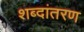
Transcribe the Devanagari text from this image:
शब्दांतरण